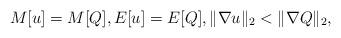
LaTeX: \begin{align*}M[u]=M[Q], E[u]= E[Q], \| \nabla u \|_2 < \| \nabla Q \|_2,\end{align*}